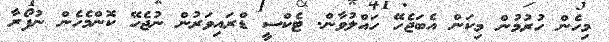
މިހެން ހުރުމުން މިކަން އެބަޖެހޭ ހައްލުވާން. ޓެކްސީ ޑްރައިވަރުން ނުޖެހޭ ކޮންމެހެން ނުފޯރާ